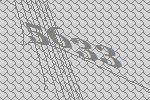
5633